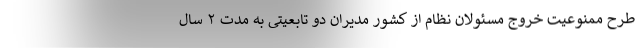
طرح ممنوعیت خروج مسئولان نظام از کشور مدیران دو تابعیتی به مدت ۲ سال